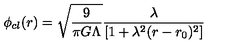
\phi _ { c l } ( r ) = { \sqrt { \frac { 9 } { \pi G \Lambda } } } \frac { \lambda } { [ 1 + \lambda ^ { 2 } ( r - r _ { 0 } ) ^ { 2 } ] }